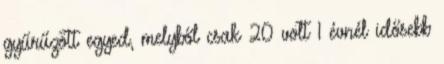
gyűrűzött egyed, melyből csak 20 volt 1 évnél idősebb